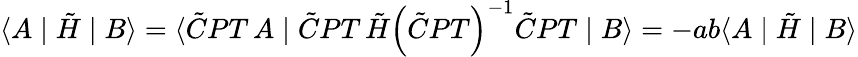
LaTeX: \langle A\mid\tilde{H}\mid B\rangle=\langle\tilde{C}PT\, A\mid\tilde{C}PT\, \tilde{H}\left(\tilde{C}PT\right)^{-1}\tilde{C}PT\mid B\rangle=-ab\langle A\mid\tilde{H}\mid B\rangle